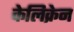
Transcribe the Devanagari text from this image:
केलिक्रेन